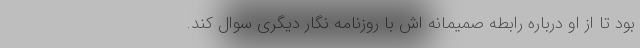
بود تا از او درباره رابطه صمیمانه اش با روزنامه نگار دیگری سوال کند.